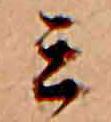
ミ